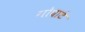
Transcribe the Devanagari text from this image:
गोघाटे